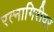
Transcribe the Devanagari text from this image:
रत्नागिरीवर